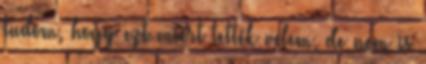
tudom, hogy ezt miért tették velem, de nem is